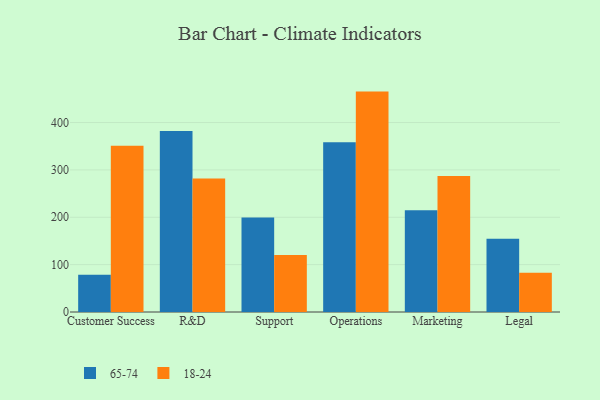
{"axis": {"x": "Department", "y": "Net Income (USD K)"}, "legend": ["18-24", "65-74"], "data": [{"x": "Customer Success", "y": 78.5, "type": "65-74"}, {"x": "Customer Success", "y": 351.2, "type": "18-24"}, {"x": "R&D", "y": 382.0, "type": "65-74"}, {"x": "R&D", "y": 281.7, "type": "18-24"}, {"x": "Support", "y": 199.4, "type": "65-74"}, {"x": "Support", "y": 120.6, "type": "18-24"}, {"x": "Operations", "y": 358.2, "type": "65-74"}, {"x": "Operations", "y": 465.3, "type": "18-24"}, {"x": "Marketing", "y": 215.0, "type": "65-74"}, {"x": "Marketing", "y": 287.0, "type": "18-24"}, {"x": "Legal", "y": 154.6, "type": "65-74"}, {"x": "Legal", "y": 82.6, "type": "18-24"}]}